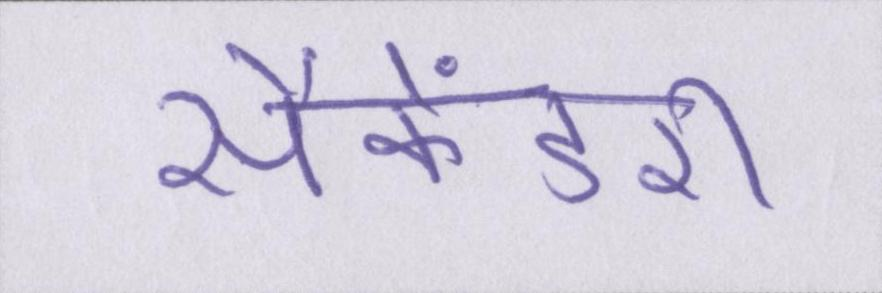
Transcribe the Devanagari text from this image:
सैकेंडरी